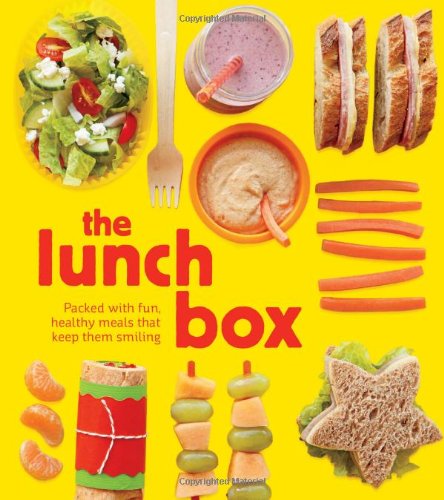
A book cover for The Lunch Box: Packed with Fun, Healthy Meals that Keep them Smiling; Kate McMillian; Cookbooks, Food & Wine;